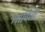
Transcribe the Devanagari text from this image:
लाविती